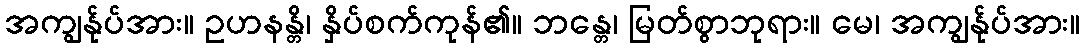
အကျွန်ုပ်အား။ ဥဟနန္တိ၊ နှိပ်စက်ကုန်၏။ ဘန္တေ၊ မြတ်စွာဘုရား။ မေ၊ အကျွန်ုပ်အား။